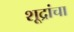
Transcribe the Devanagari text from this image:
शूद्रांचा